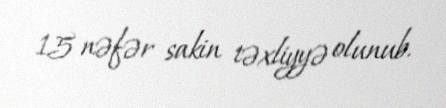
15 nəfər sakin təxliyyə olunub.